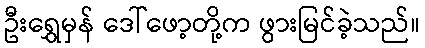
ဦးရွှေမှန် ဒေါ်ဖော့တို့က ဖွားမြင်ခဲ့သည်။